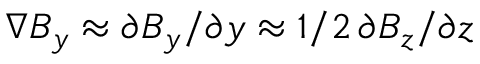
\nabla B _ { y } \approx \partial B _ { y } / \partial y \approx 1 / 2 \, \partial B _ { z } / \partial z